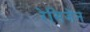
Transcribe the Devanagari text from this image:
रेसिजेन